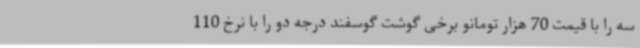
سه را با قیمت 70 هزار تومانو برخی گوشت گوسفند درجه دو را با نرخ 110